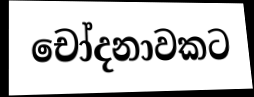
චෝදනාවකට